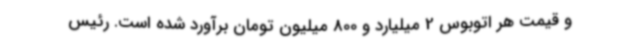
و قیمت هر اتوبوس 2 میلیارد و 800 میلیون تومان برآورد شده است. رئیس